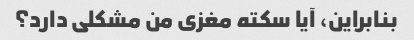
بنابراین، آیا سکته مغزی من مشکلی دارد؟